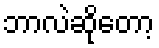
ဘာလဲဆိုတော့